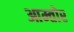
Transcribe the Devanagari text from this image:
आम्तोर